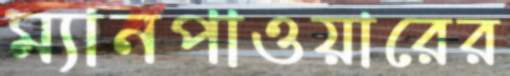
ম্যানপাওয়ারের